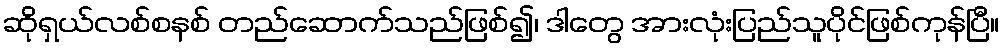
ဆိုရှယ်လစ်စနစ် တည်ဆောက်သည်ဖြစ်၍၊ ဒါတွေ အားလုံးပြည်သူပိုင်ဖြစ်ကုန်ပြီ။